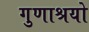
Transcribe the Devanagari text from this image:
गुणाश्रयो